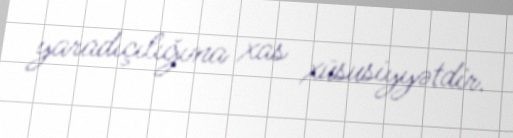
yaradıçılığına xas xüsusiyyətdir.